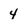
Character: 4